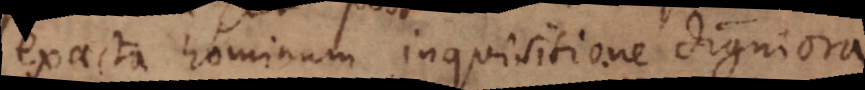
exacta hominum inquisitione digniora